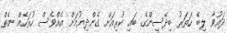
ދައުވާ ލިބޭ ހަތަރު ބިދޭސީންގެ ބައި ކުރިއަށް ގެންދިޔުމަށް އެއްވެސް ހުރަހެއް ނެތް